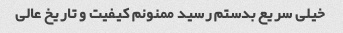
خیلی سریع بدستم رسید ممنونم کیفیت و تاریخ عالی